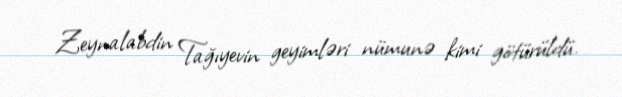
Zeynalabdin Tağıyevin geyimləri nümunə kimi götürüldü.